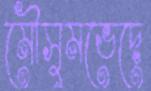
মৌসুমভেদে